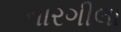
નારગીલા